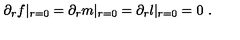
\partial _ { r } f | _ { r = 0 } = \partial _ { r } m | _ { r = 0 } = \partial _ { r } l | _ { r = 0 } = 0 \ .